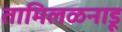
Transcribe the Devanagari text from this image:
तामिलळनाडू